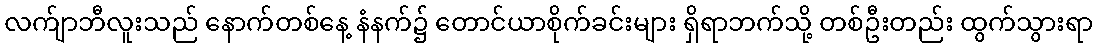
လက်ျာဘီလူးသည် နောက်တစ်နေ့ နံနက်၌ တောင်ယာစိုက်ခင်းများ ရှိရာဘက်သို့ တစ်ဦးတည်း ထွက်သွားရာ